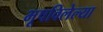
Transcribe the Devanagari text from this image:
भूषविलेल्‍या